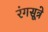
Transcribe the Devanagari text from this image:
रंगसूत्रे